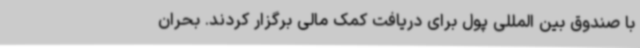
با صندوق بین المللی پول برای دریافت کمک مالی برگزار کردند. بحران